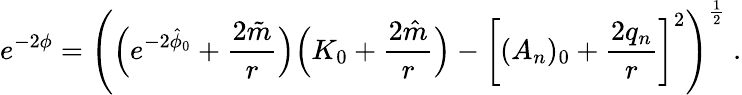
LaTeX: e^{-2\phi}=\left(\Bigl(e^{-2\hat{\phi}_{0}}+{\frac{2\tilde{m}}{r}}\Bigr)\Bigl(K_{0}+{\frac{2\hat{m}}{r}}\Bigr)-\left[(A_{n})_{0}+{\frac{2q_{n}}{r}}\right]^{2}\right)^{\frac{1}{2}}\ .